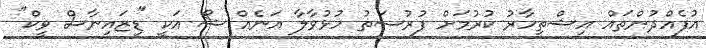
އުފެއްދުންތައް އިޝްތިހާރު ކުރުމަށް ފުރުސަތު ހުޅުވާލާ އަނެއް ޝޯ އަކީ "ޑިޒައިނާސް ވީކް"